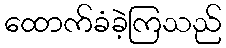
ထောက်ခံခဲ့ကြသည်